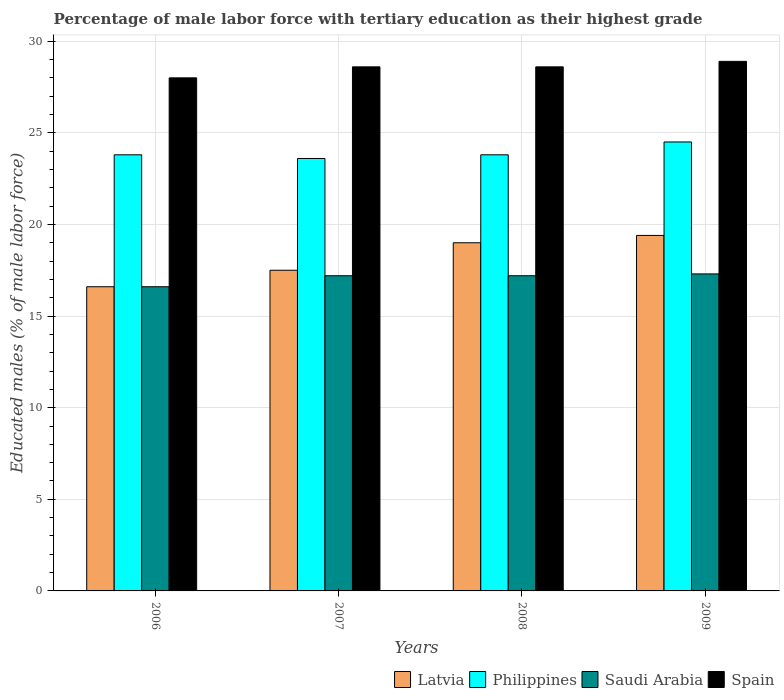
| Years | Latvia | Philippines | Saudi Arabia | Spain |
 | --- | --- | --- | --- | --- |
 | 2006 | 16.6 | 23.8 | 16.6 | 28 |
 | 2007 | 17.5 | 23.6 | 17.2 | 28.6 |
 | 2008 | 19 | 23.8 | 17.2 | 28.6 |
 | 2009 | 19.4 | 24.5 | 17.3 | 28.9 |